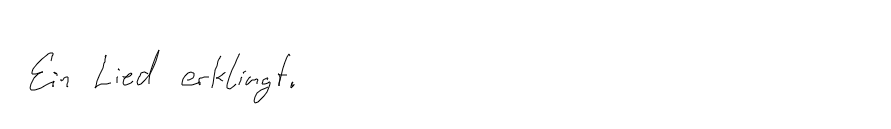
Ein Lied erklingt.